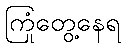
ကြုံတွေ့နေရ